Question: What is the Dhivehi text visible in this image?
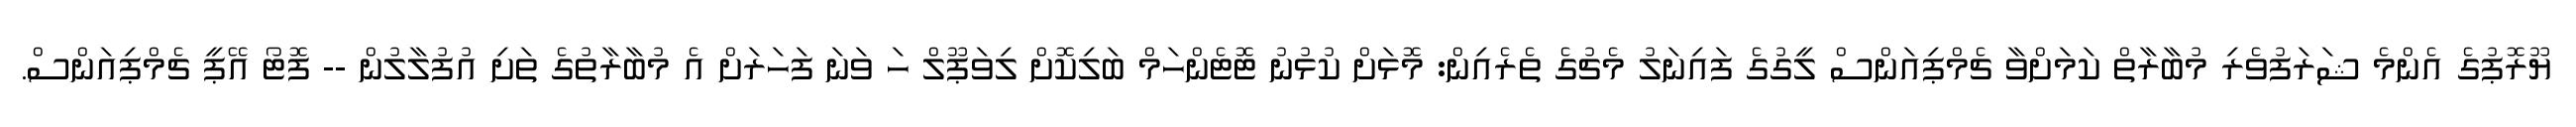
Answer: ޔޫރޮޕުގެ އެންމެ ޝަރަފުވެރި މުބާރާތް ކަމަށްވާ ޗެމްޕިއަންސް ލީގުގެ ފައިނަލު މެޗުގެ ތެރެއިން: މޮޅަށް ކުޅުނު ޓޮޓެންހަމް ބަލިކޮށް ލިވަޕޫލް ހަ ވަނަ ފަހަރަށް އެ މުބާރާތުގެ ތަށި އުފުލާލުން -- ފޮޓޯ އޭޕީ ޗެމްޕިއަންސް.